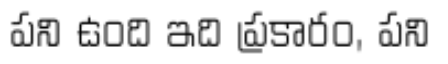
పని ఉంది ఇది ప్రకారం, పని